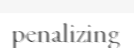
penalizing